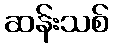
ဆန်းသစ်